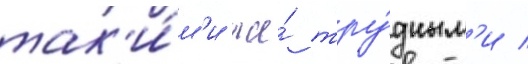
так'и́м'и же́ тру́дным'и /